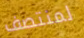
لمنتصف